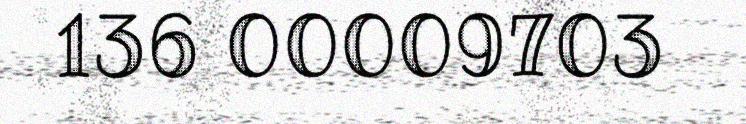
136 00009703